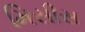
મિસીસ